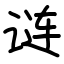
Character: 𬣽